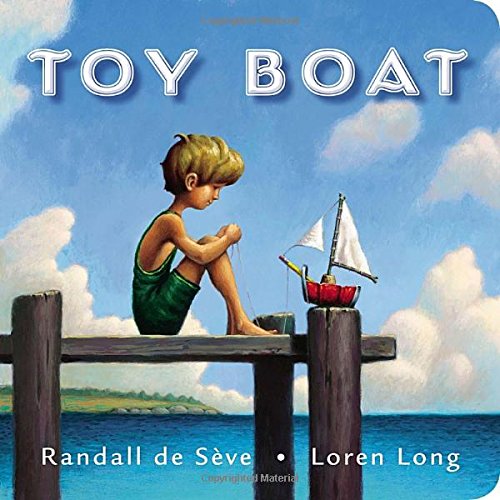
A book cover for Toy Boat; Randall de SÃ¨ve; Children's Books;